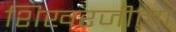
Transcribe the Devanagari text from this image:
शिखरजीला